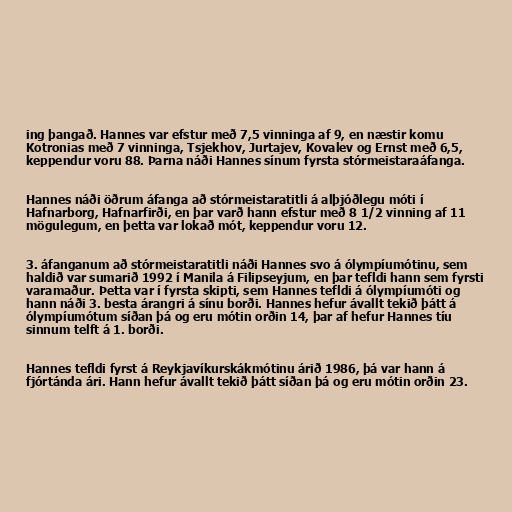
ing þangað. Hannes var efstur með 7,5 vinninga af 9, en næstir komu
Kotronias með 7 vinninga, Tsjekhov, Jurtajev, Kovalev og Ernst með 6,5,
keppendur voru 88. Þarna náði Hannes sínum fyrsta stórmeistaraáfanga.

Hannes náði öðrum áfanga að stórmeistaratitli á alþjóðlegu móti í
Hafnarborg, Hafnarfirði, en þar varð hann efstur með 8 1/2 vinning af 11
mögulegum, en þetta var lokað mót, keppendur voru 12.

3. áfanganum að stórmeistaratitli náði Hannes svo á ólympíumótinu, sem
haldið var sumarið 1992 í Manila á Filipseyjum, en þar tefldi hann sem fyrsti
varamaður. Þetta var í fyrsta skipti, sem Hannes tefldi á ólympíumóti og
hann náði 3. besta árangri á sínu borði. Hannes hefur ávallt tekið þátt á
ólympíumótum síðan þá og eru mótin orðin 14, þar af hefur Hannes tíu
sinnum telft á 1. borði.

Hannes tefldi fyrst á Reykjavíkurskákmótinu árið 1986, þá var hann á
fjórtánda ári. Hann hefur ávallt tekið þátt síðan þá og eru mótin orðin 23.